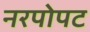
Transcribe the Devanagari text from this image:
नरपोपट